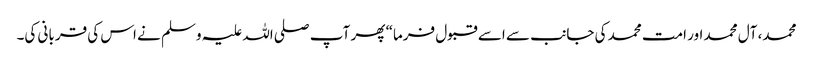
محمد، آل محمد اور امت محمد کی جانب سے اسے قبول فرما“ پھر آپ صلی اللہ علیہ وسلم نے اس کی قربانی کی۔